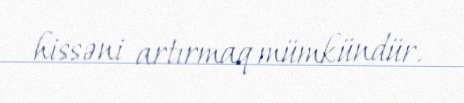
hissəni artırmaq mümkündür.